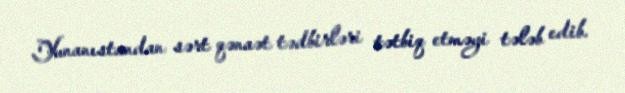
Yunanıstandan sərt qənaət tədbirləri tətbiq etməyi tələb edib.